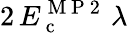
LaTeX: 2\, E_{\mathrm{~c~}}^{\mathrm{~M~P~2~}}\, \lambda